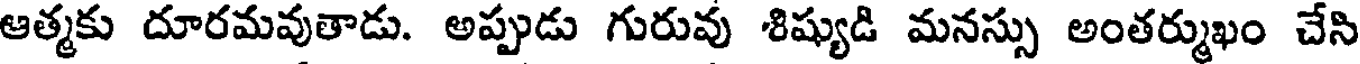
ఆత్మకు దూరమవుతాడు. అప్పుడు గురువు శిష్యుడి మనస్సు అంతర్ముఖం చేసి